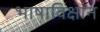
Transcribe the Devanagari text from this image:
भाषाविक्षान